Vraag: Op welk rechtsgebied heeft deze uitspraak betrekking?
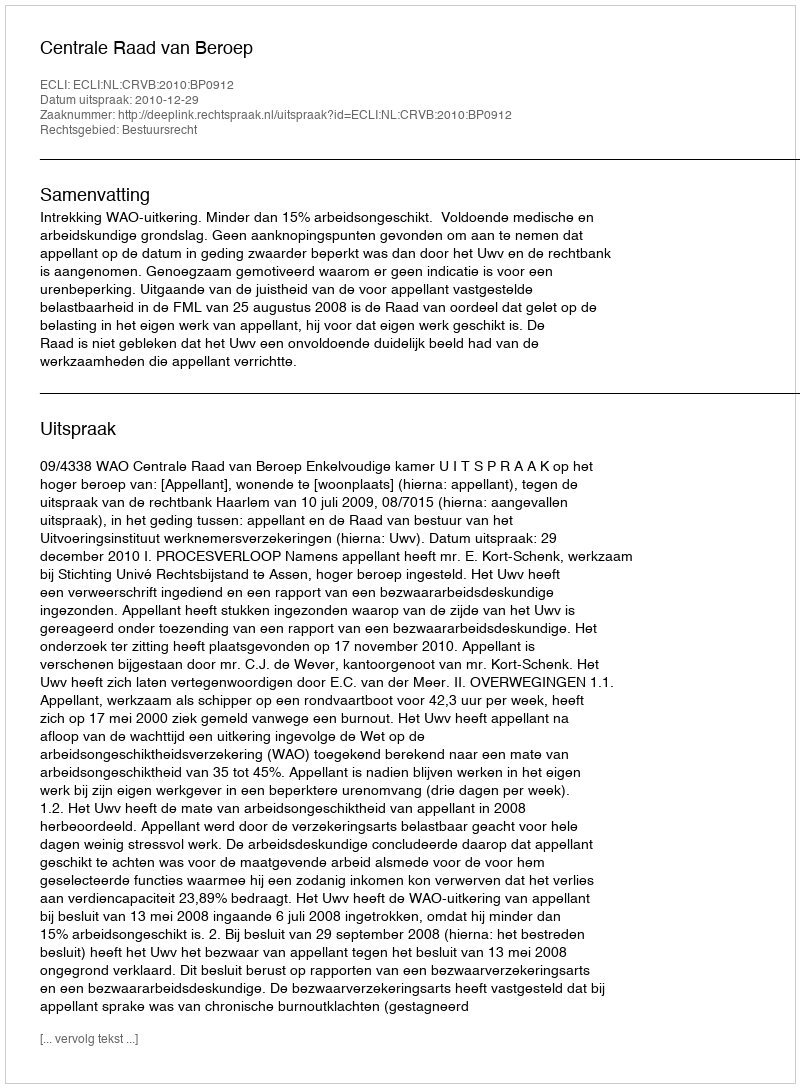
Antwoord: Bestuursrecht